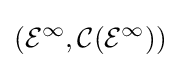
({\mathcal {E}}^{\infty },{\mathcal {C}}({\mathcal {E}}^{\infty }))